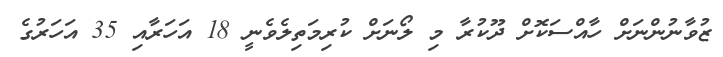
ޒުވާނުންނަށް ހާއްސަކޮށް ދޫކުރާ މި ލޯނަށް ކުރިމަތިލެވެނީ 18 އަހަރާއި 35 އަހަރުގެ